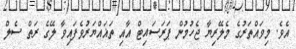
އެވެ. މިވައްތަރުގެ މެލޭރިޔާ ޖެހުމުން ޕަރަސައިޓް އާއި ތަޣައްޔަރުވެފައިވާ ލޭގެ ރަތް ސެލް